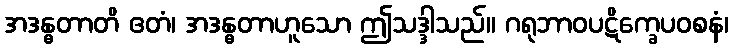
အဒန္ဓတာတိ ဧတံ၊ အဒန္ဓတာဟူသော ဤသဒ္ဒါသည်။ ဂရုဘာဝပဋိက္ခေပဝစနံ၊